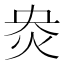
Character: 𰞄